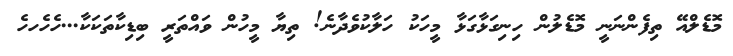
މޮޑެލްއޭ ތިފެންނަނީ މޮޑެލުން ހިނިގަޅާގަޅާ މީހަކު ހަލާކުވެދާނެ! ތިޔާ މީހުން ވައްތަރީ ބިޑިކާތަކަކާ...ހެހެެހހެ